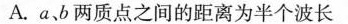
A.a，b两质点之间的距离为半个波长